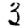
Digit: 3